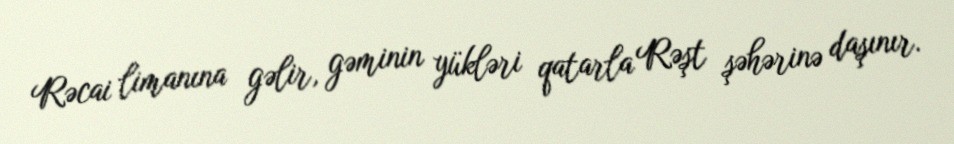
Rəcai limanına gəlir, gəminin yükləri qatarla Rəşt şəhərinə daşınır.